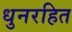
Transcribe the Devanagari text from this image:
धुनरहित